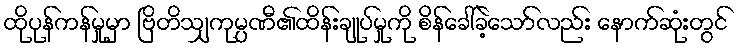
ထိုပုန်ကန်မှုမှာ ဗြိတိသျှကုမ္ပဏီ၏ထိန်းချုပ်မှုကို စိန်ခေါ်ခဲ့သော်လည်း နောက်ဆုံးတွင်